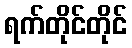
ရက်တိုင်တိုင်